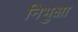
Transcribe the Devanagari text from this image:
निभुक्षा